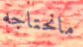
مانحتاجه